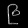
Digit: ၉